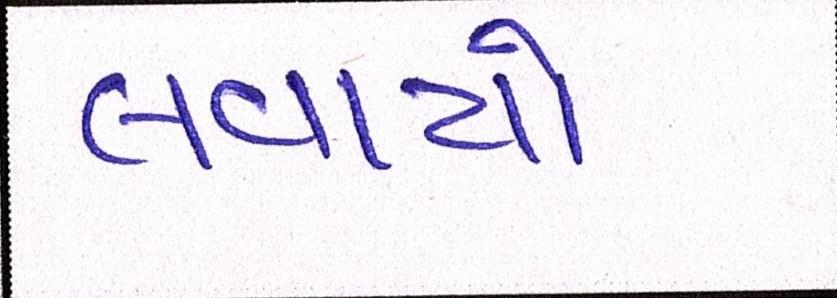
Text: લવાયો